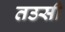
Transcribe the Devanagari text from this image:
तउसी